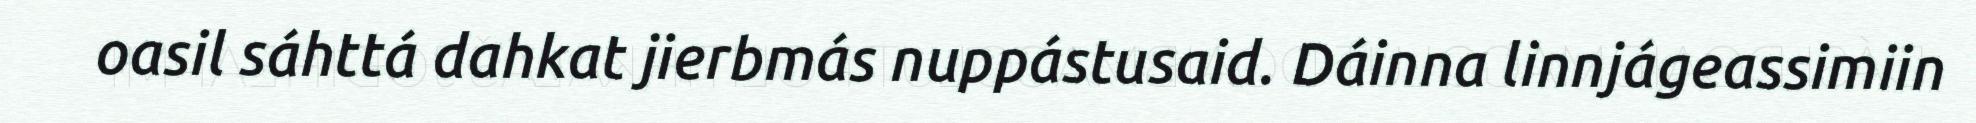
oasil sáhttá dahkat jierbmás nuppástusaid. Dáinna linnjágeassimiin